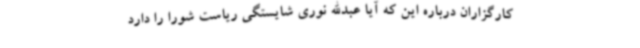
کارگزاران درباره این که آیا عبدالله نوری شایستگی ریاست شورا را دارد